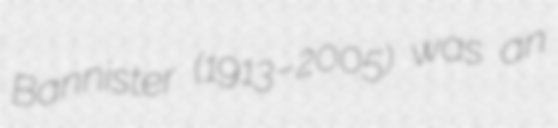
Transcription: Bannister (1913–2005) was an